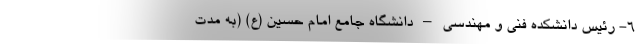
۶- رئیس دانشکده فنی و مهندسی – دانشگاه جامع امام حسین (ع) (به مدت